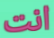
انت